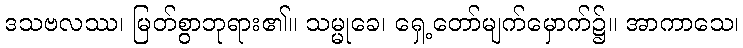
ဒသဗလဿ၊ မြတ်စွာဘုရား၏။ သမ္မုခေ၊ ရှေ့တော်မျက်မှောက်၌။ အာကာသေ၊